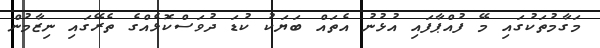
މަގާމުތަކުގައި މޭ ފުއްޕާފައި އުޅުނު އެތައް ބަޔަކު ކުޑަ ދުވަސްކޮޅެއްގެ ތެރޭގައި ނިޒާމުން